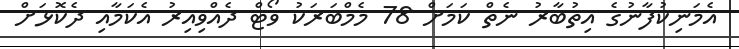
އެމަނިކުފާނުގެ އިތުބާރު ނެތް ކަމަށް 78 މެމްބަރަކު ވޯޓް ދެއްވިއިރު އެކަމާއި ދެކޮޅަށް